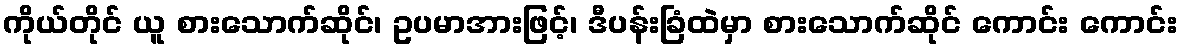
ကိုယ်တိုင် ယူ စားသောက်ဆိုင်၊ ဥပမာအားဖြင့်၊ ဒီပန်းခြံထဲမှာ စားသောက်ဆိုင် ကောင်း ကောင်း